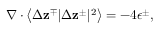
\nabla \cdot \left< \Delta \mathbf { z } ^ { \mp } \vert \Delta \mathbf { z } ^ { \pm } \vert ^ { 2 } \right> = - 4 \epsilon ^ { \pm } ,